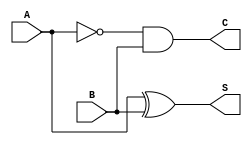
module Half_sub(A,B,S,C);
input A,B;
output S,C;
assign S=A^B;
assign C=(~A)&B;
endmodule
module Half_sub_tb;
reg A,B;
wire S,C;
Half_sub h1(A,B,S,C);
initial
begin
    A=0; B=0;
    $monitor("Time=%0t, A=%b, B=%b, S=%b, C=%b",$time,A,B,S,C);
    #10 A=0;B=1;
    #10 A=1;B=0;
    #10 A=1;B=1;
end
endmodule